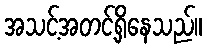
အသင့်အတင့်ရှိနေသည်။